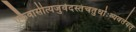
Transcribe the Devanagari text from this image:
एकैवासीत्यजुर्वेदस्तंचतुर्धाःव्यवर्तयत्